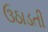
ઉઠાડતી